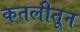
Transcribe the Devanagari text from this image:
कतलीतून